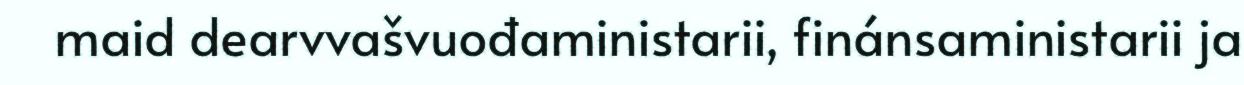
maid dearvvašvuođaministarii, finánsaministarii ja